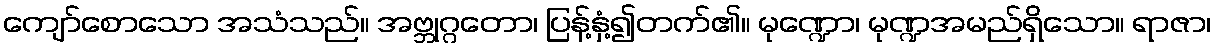
ကျော်စောသော အသံသည်။ အဗ္ဘုဂ္ဂတော၊ ပြန့်နှံ့၍တက်၏။ မုဏ္ဍော၊ မုဏ္ဍအမည်ရှိသော။ ရာဇာ၊